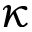
\kappa